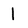
Character: 1